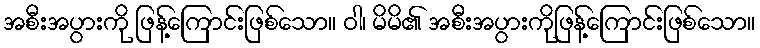
အစီးအပွားကို ဖြန့်ကြောင်းဖြစ်သော။ ဝါ၊ မိမိ၏ အစီးအပွားကိုဖြန့်ကြောင်းဖြစ်သော။